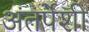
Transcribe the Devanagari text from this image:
अंतर्पेशी